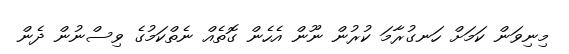
މިނިވަން ކަމަށް ހަނގުރާމަ ކުރުން ނޫން އެހެން ގޮތެއް ނެތްކަމުގެ ވިސްނުން ދެން